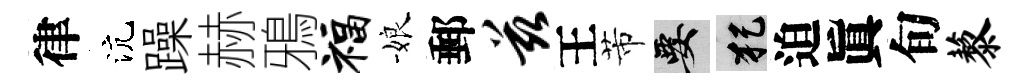
律沆躁赫鴉福娘郵兹王芾要犯迫眞旬藜